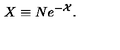
X \equiv N e ^ { - { \cal X } } . \nonumber